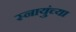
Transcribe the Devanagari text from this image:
स्नायुंच्या